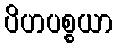
ပိဟပစ္စယာ